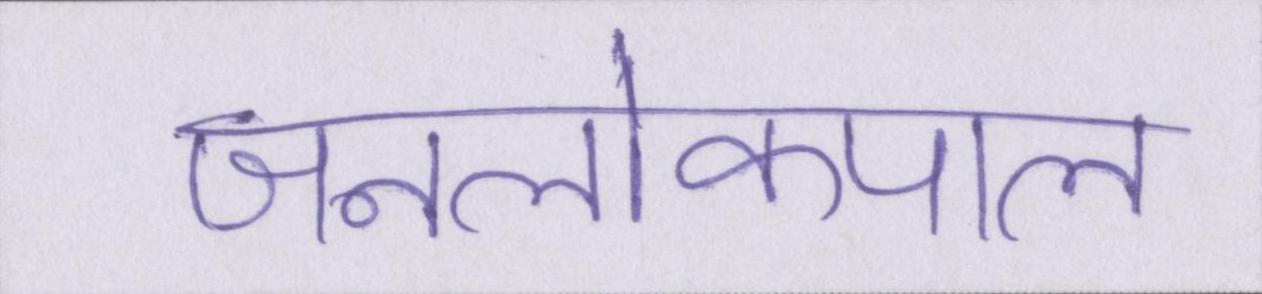
जनलोकपाल